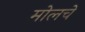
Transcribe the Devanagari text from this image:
मोलचे